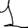
Digit: 1